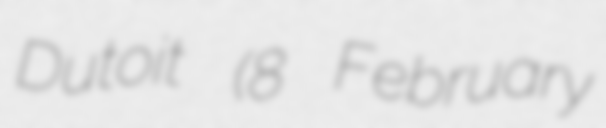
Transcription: Dutoit (8 February